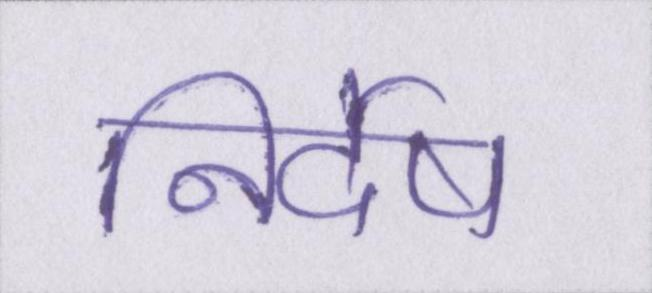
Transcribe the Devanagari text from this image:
निर्देष